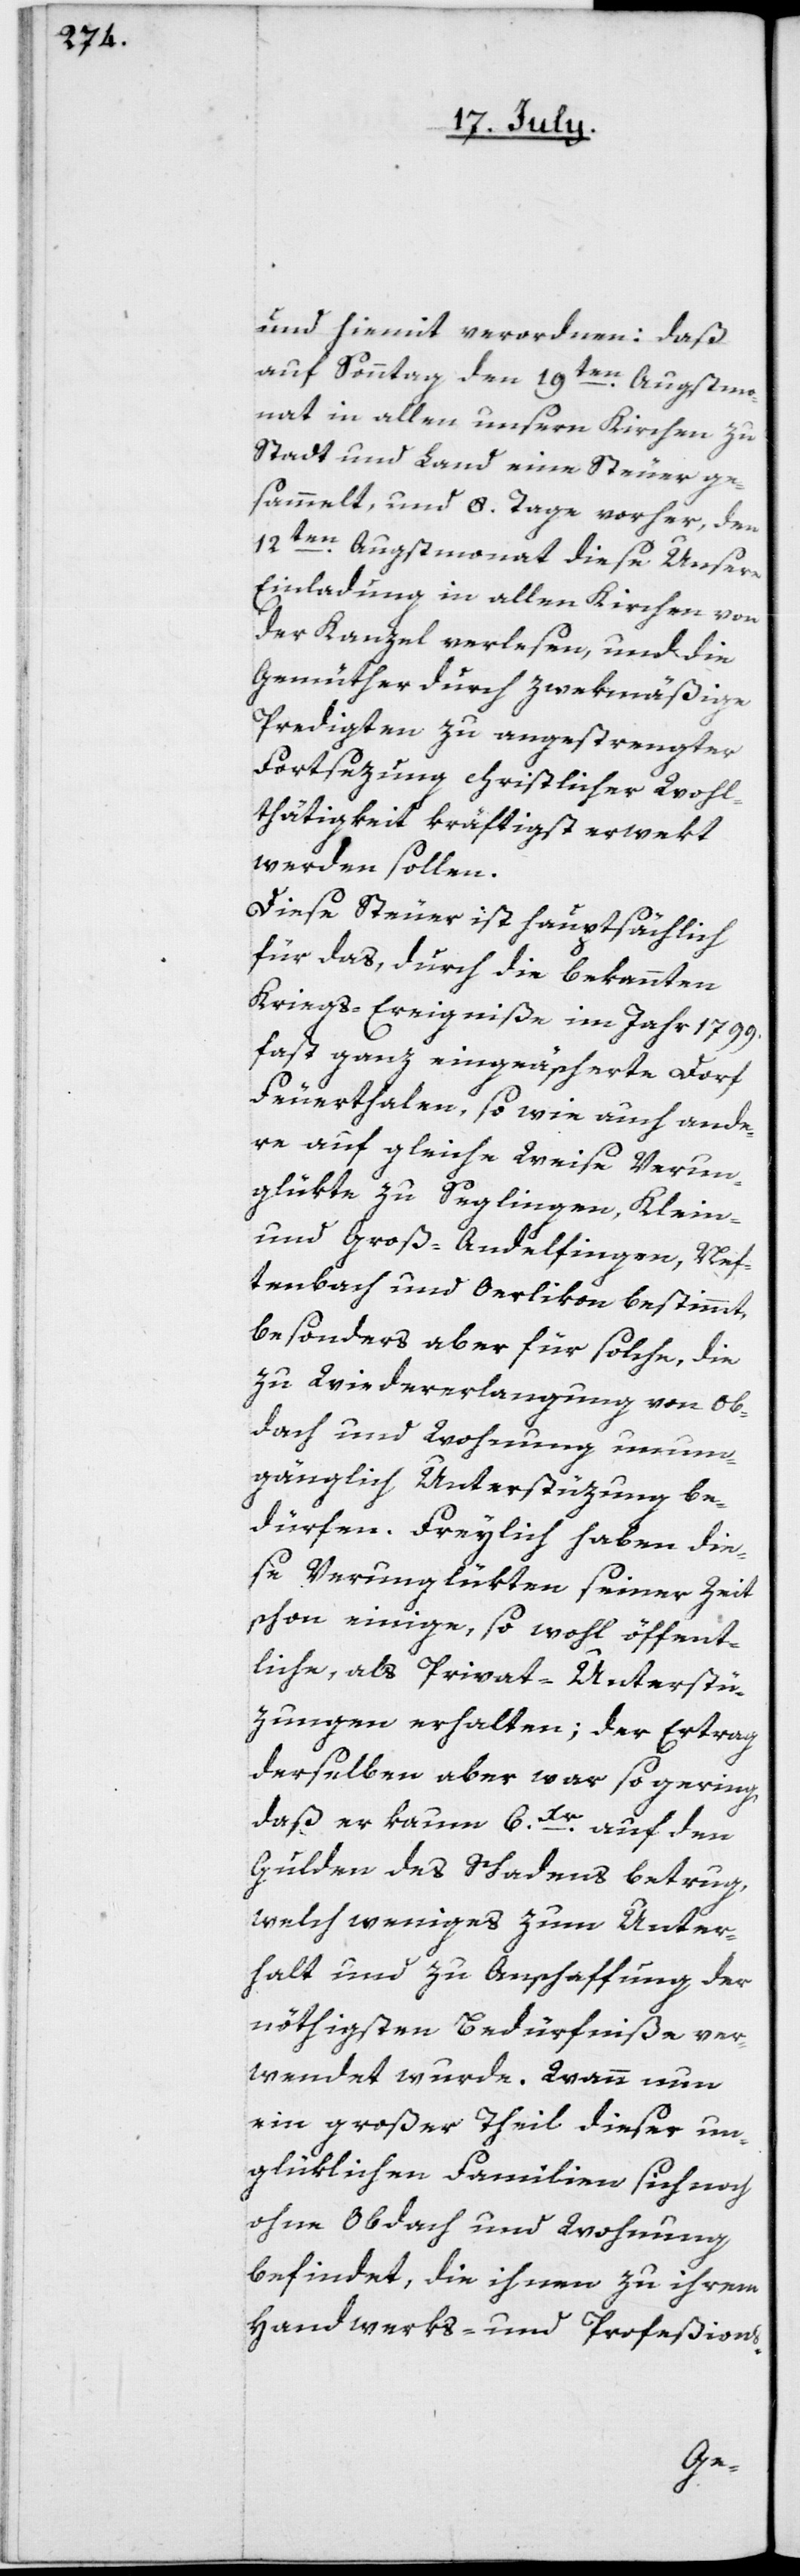
und hiemit verordnen: daß
auf Sonntag den 19ten Augstmo¬
nat in allen unsern Kirchen zu
Stadt und Land eine Steuer ge¬
sammelt, und 8. Tage vorher, den
12ten Augstmonat diese Unsere
Einladung in allen Kirchen von
der Kanzel verlesen, und die
Gemüther durch zwekmäßige
Predigten zu angestrengter
Fortsezung christlicher Wohl¬
thätigkeit kräftigst erwekt
werden sollen.
Diese Steuer ist hauptsächlich
für das, durch die bekannten
Kriegs-Ereigniße im Jahr 1799.
fast ganz eingeäscherte Dorf
Feuerthalen, so wie auch ande¬
re auf gleiche Weise Verun¬
glükten Seglingen, Klein-
und Groß-Andelfingen, Nef¬
tenbach und Oerlikon bestimmt,
besonders aber für solche, die
zu Wiedererlangung von Ob¬
dach und Wohnung unum¬
gänglich Unterstüzung be¬
dürfen. Freylich haben die¬
se Verunglükten seiner Zeit
schon einige, so wohl öffent¬
liche, als Privat-Unterstü¬
zungen erhalten; der Ertrag
derselben aber war so gering,
daß er kaum 6 Xr auf den
Gulden des Schadens betrug,
welch weniges zum Unter¬
halt und zu Anschaffung der
nöthigsten Bedürfniße ver¬
wendet wurde. Wann nun
ein großer Theil dieser un¬
glüklichen Familien sich noch
ohne Obdach und Wohnung
befindet, die ihnen zu ihrem
Handwerks- und Profeßions-